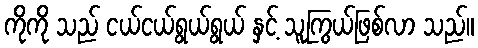
ကိုကို သည် ငယ်ငယ်ရွယ်ရွယ် နှင့် သူကြွယ်ဖြစ်လာ သည်။